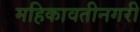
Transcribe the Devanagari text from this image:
महिकावतीनगरी